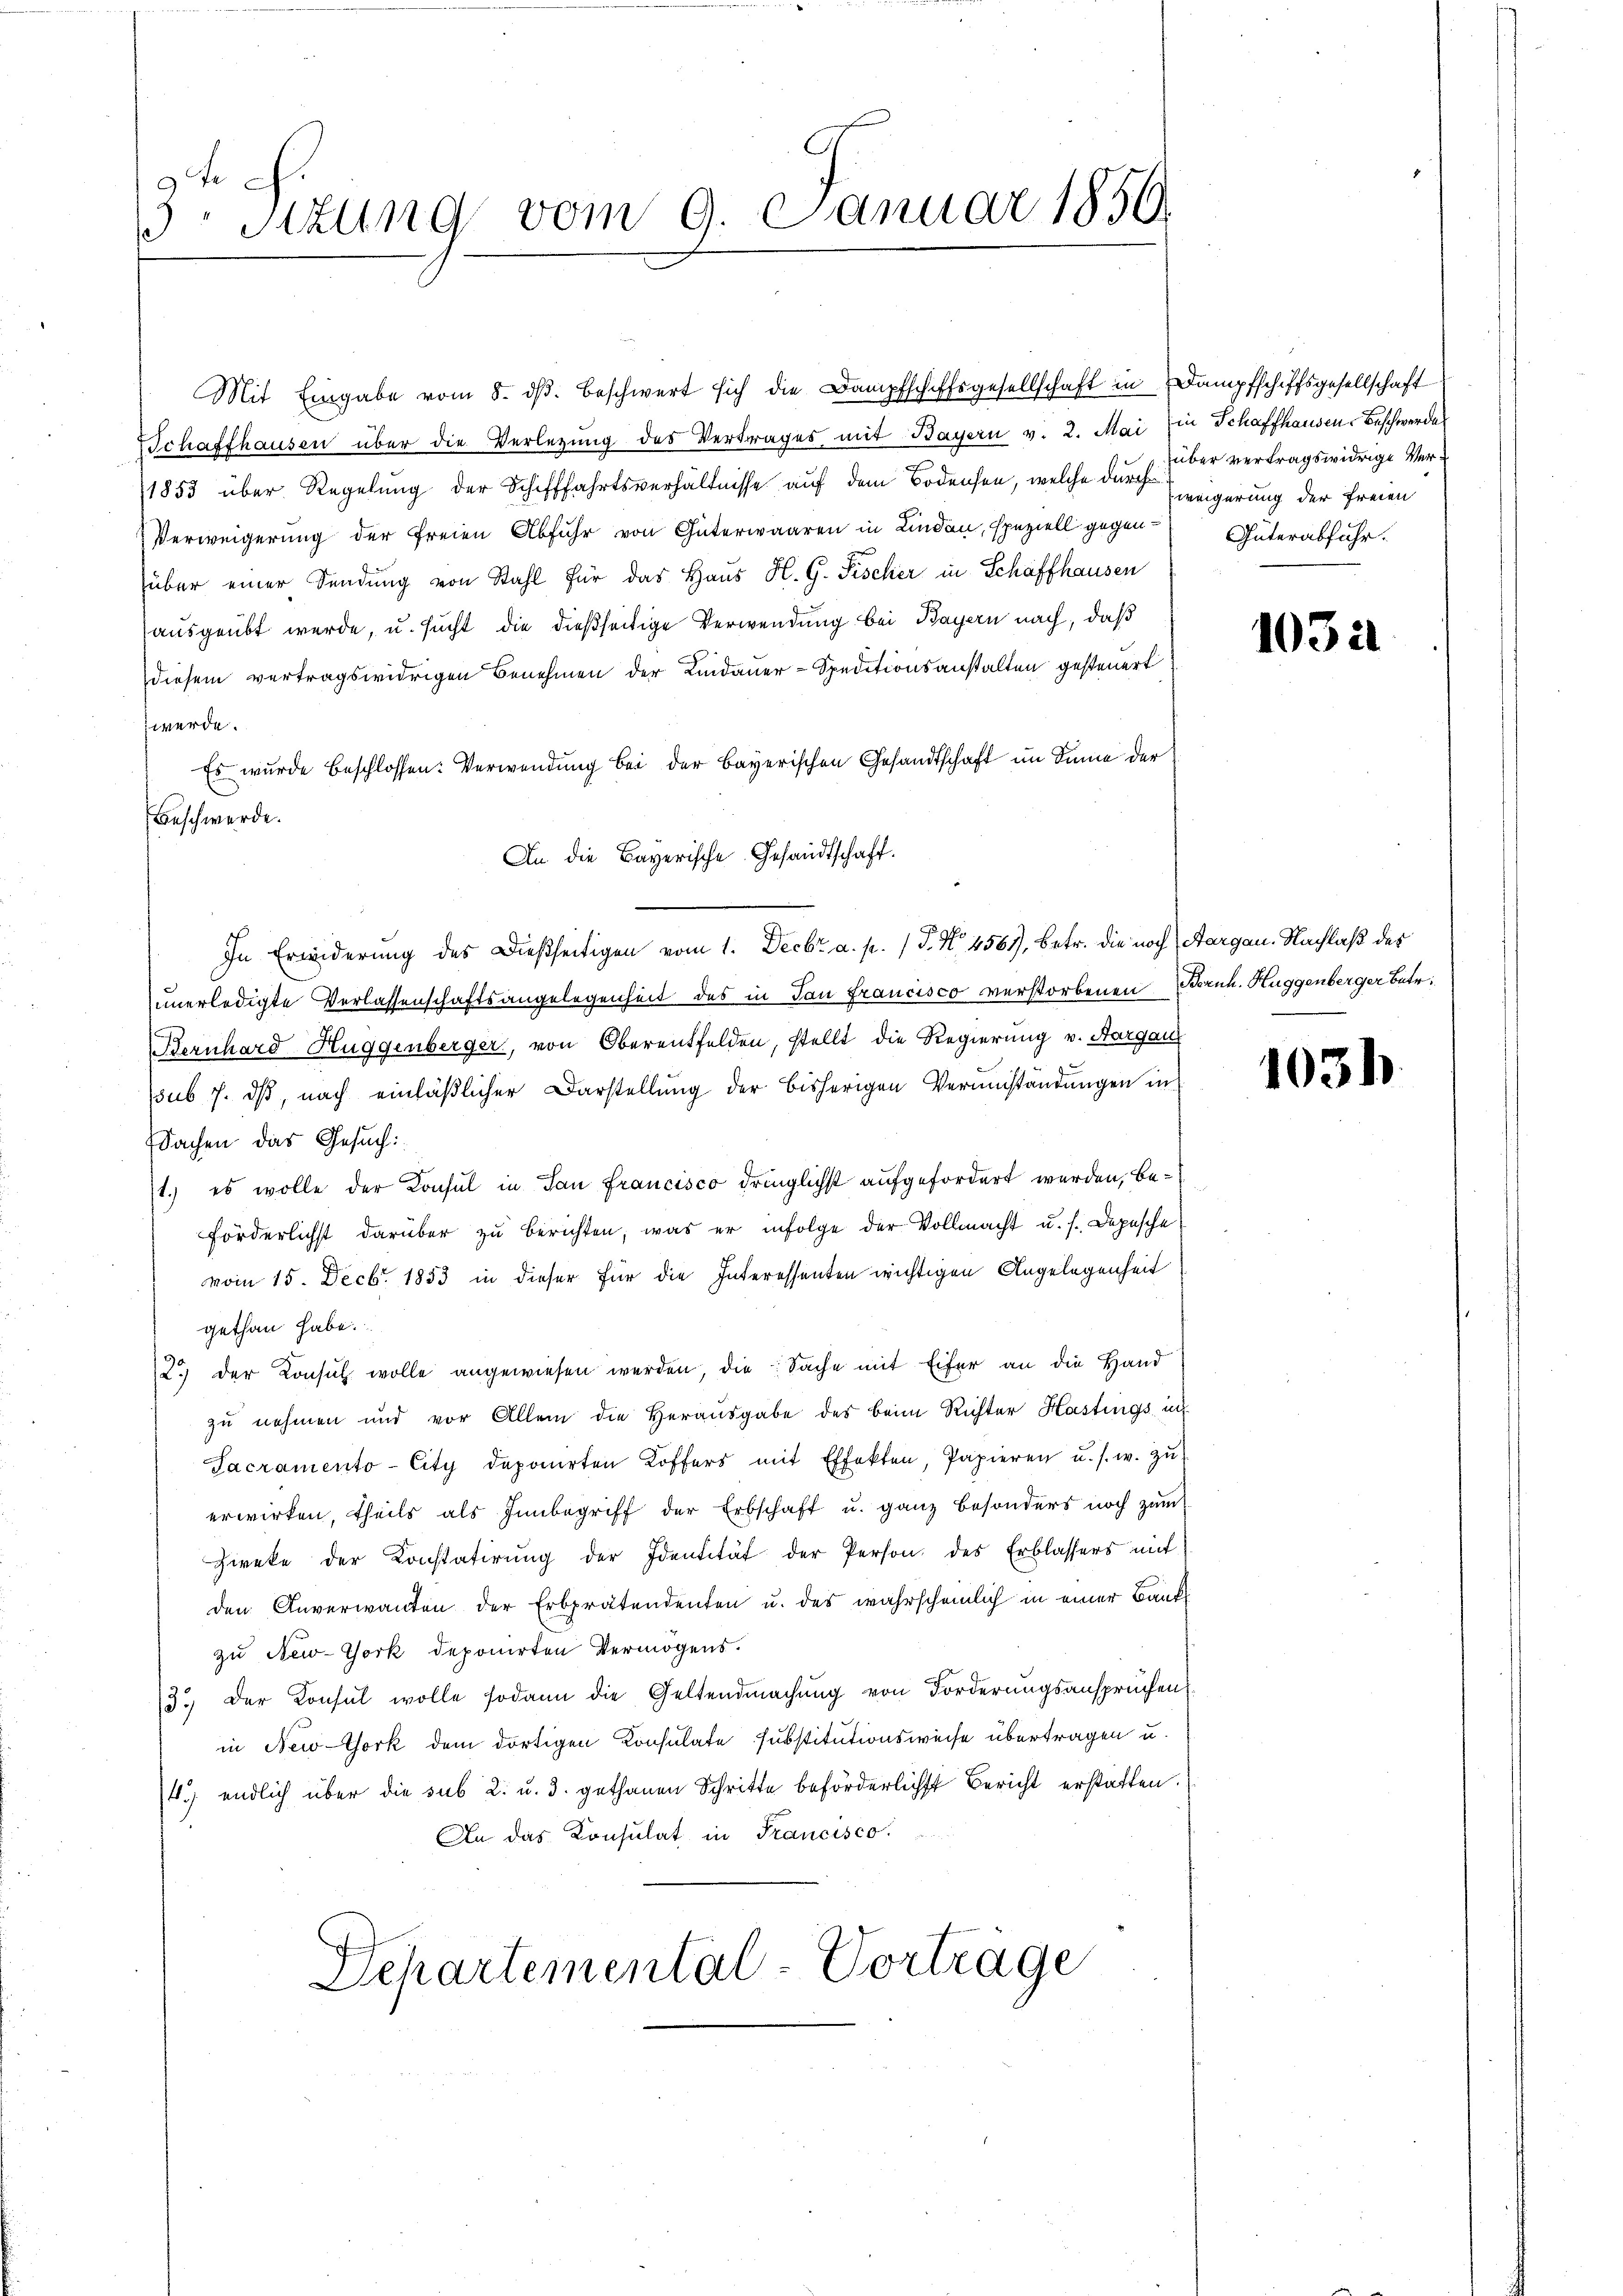
9 Tr
 Sitzung vom 9. Januar 1850.

Schaffhausen über die Verlegung des Vertrages mit Bayern v. 2. Mai ein Schaffhausen Beschwerdes
1853 über Regelung der Schifffahrtsverhältnisse auf dem Bodensen, welche durch eigerung der Freien
Verweigerung der freien Abfuhr von Güterwaaren in Lindau, speziell gegenüber einer Sendung von Stahl für das Haus H. G. Fischer in Schaffhausen
ausgeübt werde, u. sucht die dießseitige Verwendung bei Bayern nach, daß
diesem vertragswidrigen Benehmen der Lindauer-Speditionsanstalten gesteuert
werde.
Es wurde beschlossen: Verwendung bei der Bayerischen Gesandtschaft im Sinne der
Beschwerde.
An die Bayerische Gesandtschaft.
In Erwiderung des Dießseitigen vom 1. Decbr a. p. 1 P. Nr. 456, betr. die noch (Aargau. Nachlaß des
unerledigte Verlassenschaftsangelegenheit des in dan Francisco verstorbenen Bernh. Huggenberger betr.
Bernhard Huggenberger, von Oberentfelden, stellt die Regierung v. Aargau
sub 7. ds, nach einläßlicher Darstellung der bisherigen Verumständungen in
Sachen das Gesuch:
1.) es wolle der Konsul in San Francisco dringlichst aufgefordert werden, beförderlichst darüber zu berichten, was er infolge der Vollmacht u. s. Depesche
vom 15. Decbr. 1853 in dieser für die Interessenten wichtigen Angelegenheit
gethan habe.
12.) der Konsul wolle angewiesen werden, die Sache mit Eifer an die Hand
zu nehmen und vor Allem die Herausgabe des beim Richter Hastings, in
Facramento-City deponirten Koffers mit Effekten, Papieren u. s. w. zŭ
erwirken, theils als Innbegriff der Erbschaft u. ganz besonders noch zum
Zieke der Konstatirŭng der Identität der Person des Erblassers mit
den Anverwandten der Erbprätendenten u. des wahrscheinlich in einer Bankzu New-York deponirten Vermögens.
3.) Der Konsul wolle sodann die Geltendmachung von Forderungsansprüchen
in New-York dem dortigen Konsulate substitutionsweise übertragen u.
4.) endlich über die sub 2. u. 3. gethanen Schritte beförderlichst Bericht erstatten.
An das Konsulat in Francisco
Departemental-Vortrage

Mit Eingabe vom 8. dβ. beschwert sich die Dampfschiffsgesellschaft in Dampfschiffsgesellschaft

über vertragswidrige Ver¬
Güterabfuhr.

1032

1031